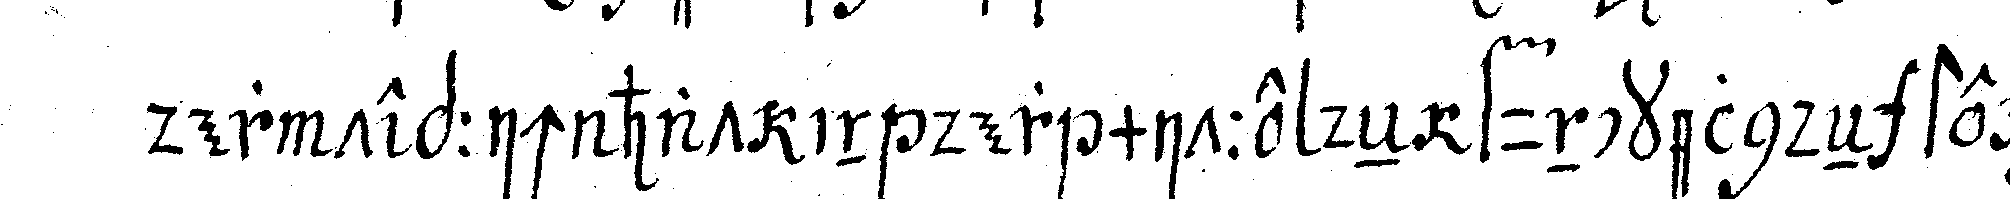
der teppich hat in der mitte deN funckelndeN stern